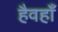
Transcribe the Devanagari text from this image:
हैवहाँ